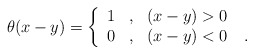
\begin{align*}\theta(x-y) = \left\{ \begin{array}{ccl} 1 & , & (x-y) > 0 \\ 0 & , & (x-y) < 0 \quad . \end{array} \right.\end{align*}